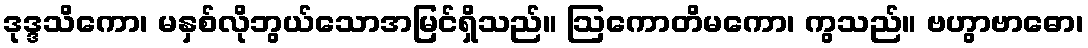
ဒုဒ္ဒသိကော၊ မနှစ်လိုဘွယ်သောအမြင်ရှိသည်။ ဩကောတိမကော၊ ကွသည်။ ဗဟွာဗာဓော၊